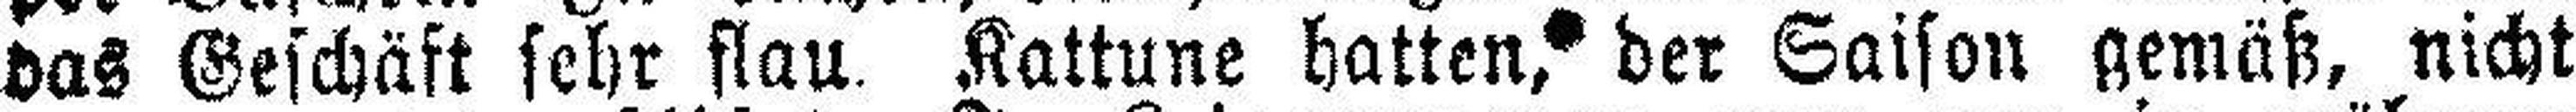
das Geschäft sehr flau. Kattune hatten, der Saison gemäß, nicht